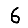
Digit: 6